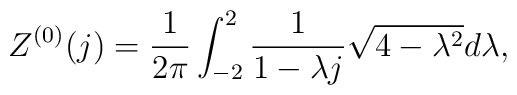
Z^{(0)}(j)=\frac{1}{2\pi}\int _{-2}^{2} \frac{1}{1-\lambda j}\sqrt{4-\lambda ^2} d\lambda,